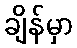
ချိန်မှာ